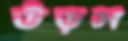
উড়স